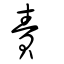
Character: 責